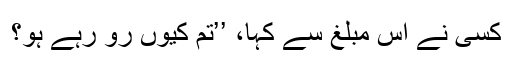
کسی نے اُس مبلغ سے کہا، ’’تم کیوں رو رہے ہو؟